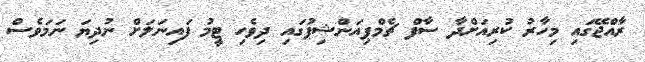
ރާއްޖޭގައި މިހާރު ކުރިއަށްދާ ސާފް ޗެމްޕިއަންޝިޕުގައި ދިވެހި ޓީމު ފައިނަލަށް ނުދިޔަ ނަމަވެސް